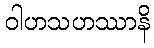
ဝါဟသဟဿာနိ